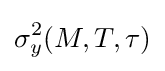
\sigma _{y}^{2}(M,T,\tau )